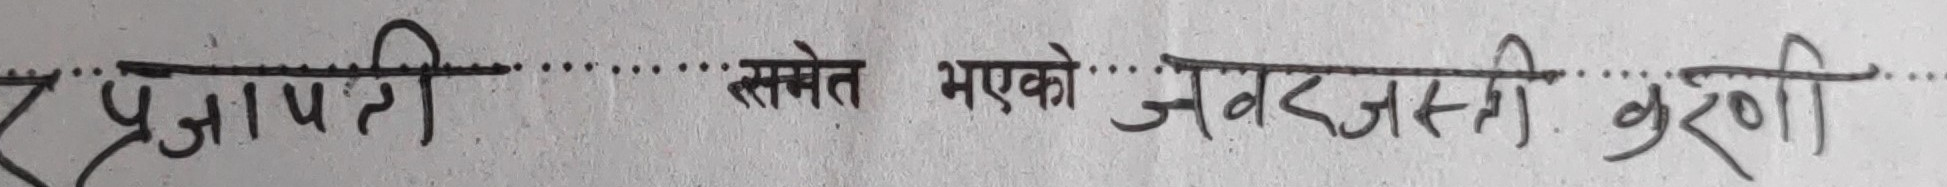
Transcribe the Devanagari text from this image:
प्रजापती समेत भएको जबर्जस्ती करणी